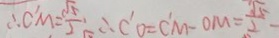
\therefore C ^ { \prime } M = \frac { \sqrt { 5 } } { 2 } \therefore C ^ { \prime } O = C ^ { \prime } M - O M = \frac { \sqrt { 5 } } { 2 }